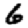
Digit: 6